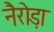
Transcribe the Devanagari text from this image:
नैरोड़ा